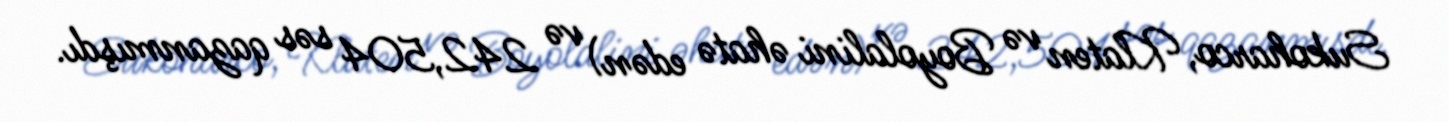
Sukoharco, Klaten və Boyolalini əhatə edən) və 242,504 səs qazanmışdı.